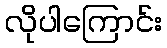
လိုပါကြောင်း